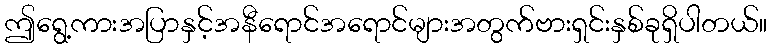
ဤရွေ့ကားအပြာနှင့်အနီရောင်အရောင်များအတွက်ဗားရှင်းနှစ်ခုရှိပါတယ်။